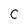
Character: c